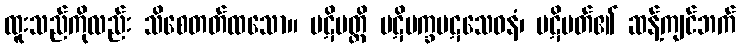
ထူးသည်ကိုလည်း သိစေတတ်ထသော။ ပဋိပတ္တိ ပဋိပက္ခပဋသေဓနံ၊ ပဋိပတ်၏ ဆန့်ကျင်ဘက်